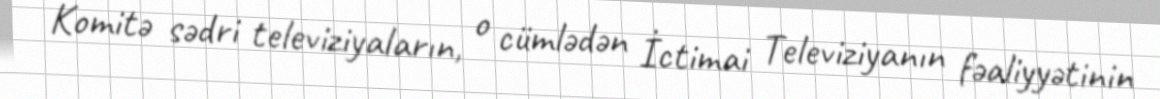
Komitə sədri televiziyaların, o cümlədən İctimai Televiziyanın fəaliyyətinin